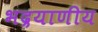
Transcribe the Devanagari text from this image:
भद्रयाणीय